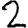
Digit: 2